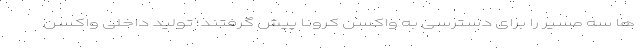
ها سه مسیر را برای دسترسی به واکسن کرونا پیش گرفتند؛ تولید داخلی واکسن